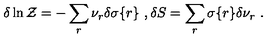
\delta \ln { \cal Z } = - \sum _ { r } \nu _ { r } \delta \sigma \{ r \} \ , \delta S = \sum _ { r } \sigma \{ r \} \delta \nu _ { r } \ .